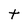
Character: t